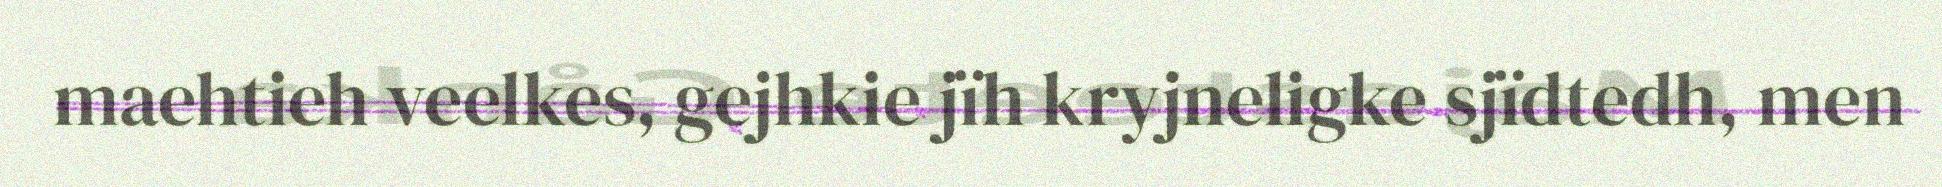
maehtieh veelkes, gejhkie jïh kryjneligke sjïdtedh, men